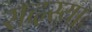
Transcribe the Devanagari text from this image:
सदस्याः